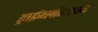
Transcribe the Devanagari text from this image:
ट्राईग्लीसराईड